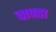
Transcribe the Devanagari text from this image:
वापडा